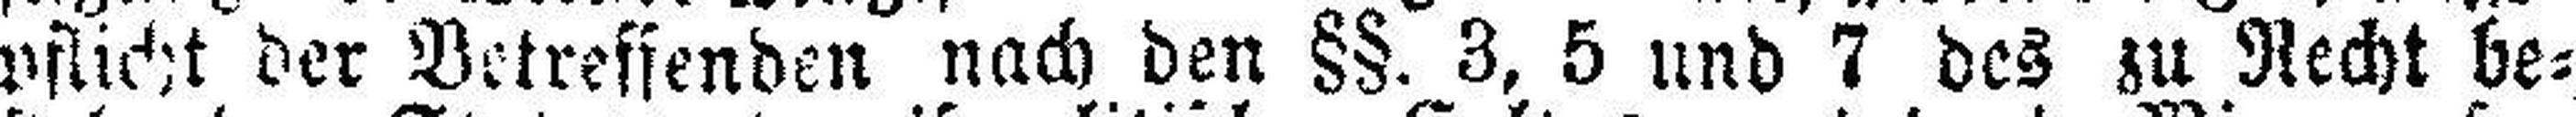
pflicht der Betreffenden nach den §§. 3, 5 und 7 des zu Recht be¬